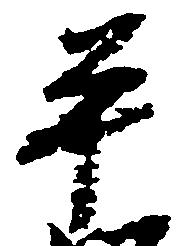
平